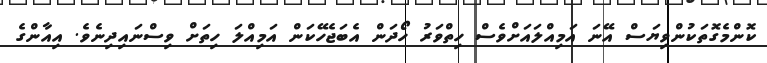
ކޮންމެގޮތަކުންވިޔަސް އޭނަ އަމިއްލައަށްވެސް ހިތްވަރު ހޯދަން އެބަޖެހޭކަން އަމިއްލަ ހިތަށް ވިސްނައިދިނެވެ. އިއާންގެ